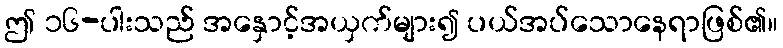
ဤ ၁၆-ပါးသည် အနှောင့်အယှက်များ၍ ပယ်အပ်သောနေရာဖြစ်၏။